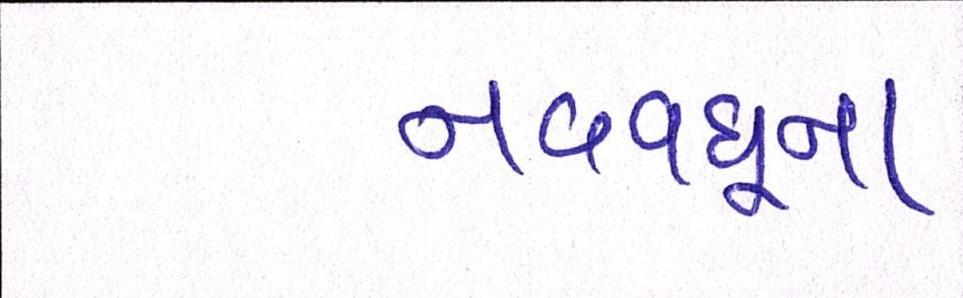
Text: નવવધૂના